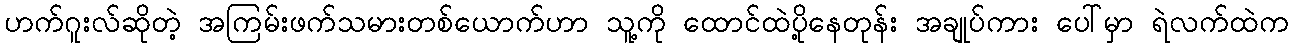
ဟက်ဂူးလ်ဆိုတဲ့ အကြမ်းဖက်သမားတစ်ယောက်ဟာ သူ့ကို ထောင်ထဲပို့နေတုန်း အချုပ်ကား ပေါ်မှာ ရဲလက်ထဲက